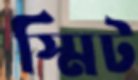
স্মিট